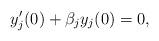
LaTeX: \begin{align*}y^{\prime}_j (0) + \beta_j y_j (0) = 0, \end{align*}